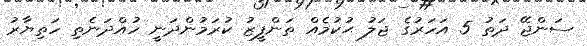
ސަންޖޭ ދަތު 5 އަހަރުގެ ޖަލު ޙުކުމެއް ތަންފީޒު ކުރަމުންދަނީ ހުއްދަނެތި ހަތިޔާރު